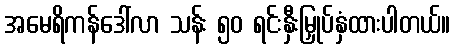
အမေရိကန်ဒေါ်လာ သန်း ၅၀ ရင်းနှီးမြှုပ်နှံထားပါတယ်။